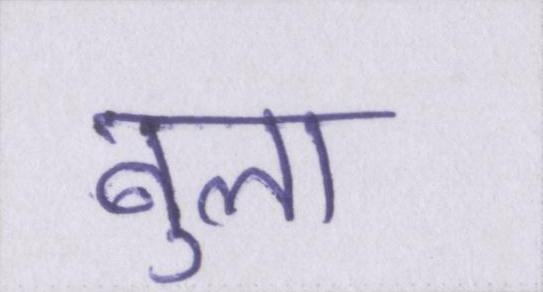
बुला